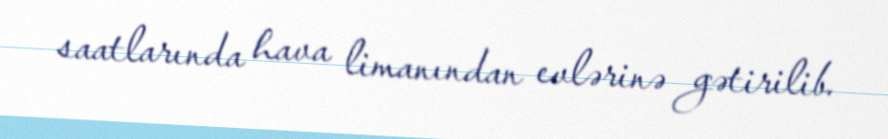
saatlarında hava limanından evlərinə gətirilib.